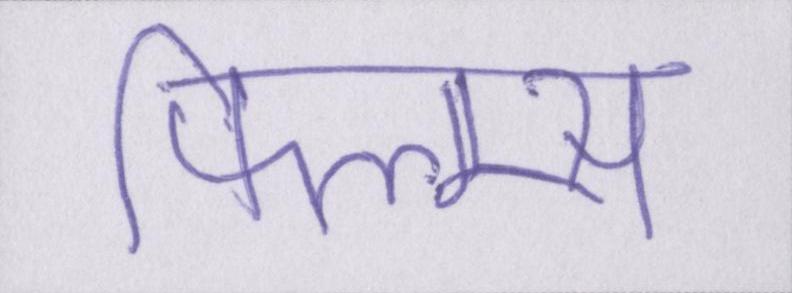
फिल्म्स